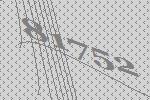
81752